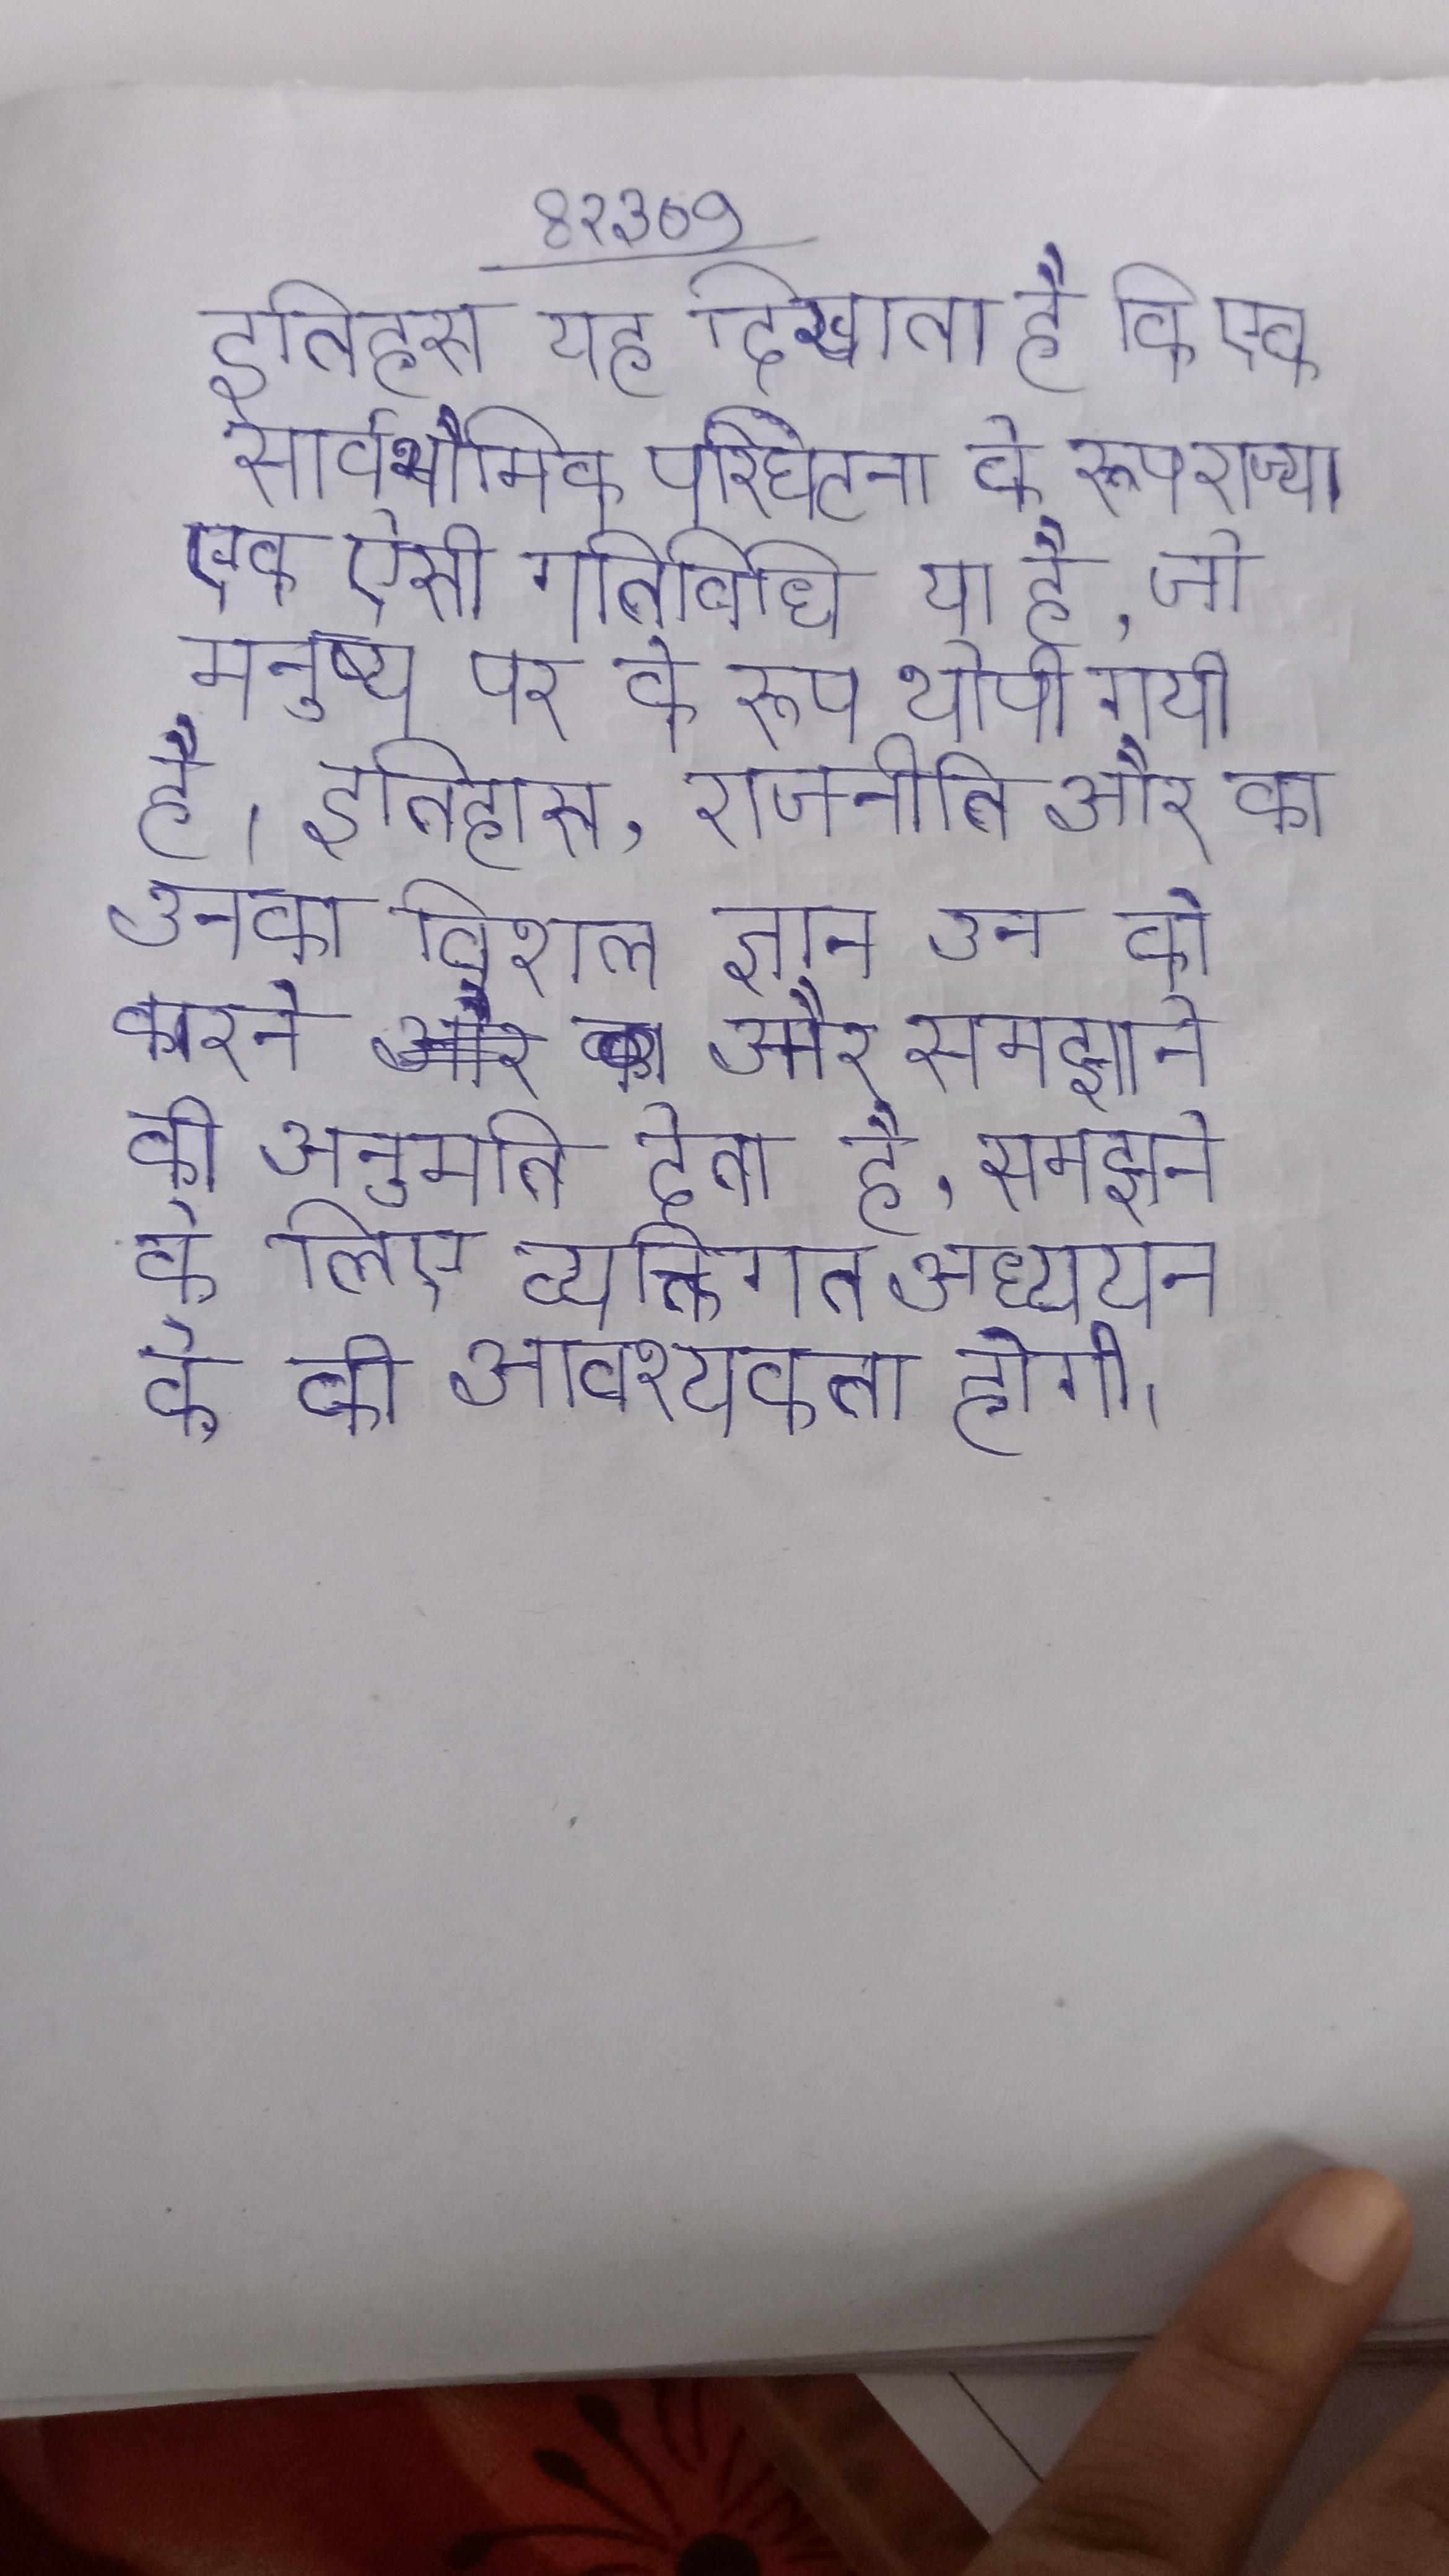
इतिहास यह दिखाता है कि एक सार्वभौमिक परिघटना के रूप राज्य एक ऐसी गतिविधि या है, जो मनुष्य पर के रूप थोपी गयी है । इतिहास, राजनीति और का उनका विशाल ज्ञान उन को करने और समझाने की अनुमति देता है, समझने और समझने के लिए व्यक्तिगत अध्ययन के की आवश्यकता होगी ।